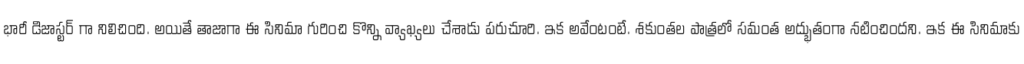
భారీ డిజాస్టర్ గా నిలిచింది. అయితే తాజాగా ఈ సినిమా గురించి కొన్ని వ్యాఖ్యలు చేశాడు పరుచూరి. ఇక అవేంటంటే. శకుంతల పాత్రలో సమంత అద్భుతంగా నటించిందని. ఇక ఈ సినిమాకు